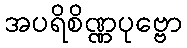
အပရိစိဏ္ဏပုဗ္ဗော